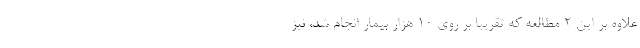
علاوه بر این ٢ مطالعه که تقریباً بر روی ۱۰ هزار بیمار انجام شد، نیز